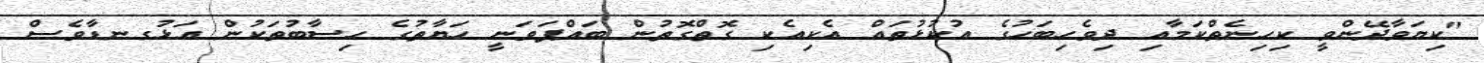
"ކިޔަވާދޭންވީ ކިހިނެތްކަމާއި ދިވެހިބަހުގެ އުކުޅުތައް އެކިއެކި ގޮތްގޮތުން ބައްޕަވަނީ ހަޔާތުގެ ހިސާބުތަކުން އަޅުގނޑާވެސް